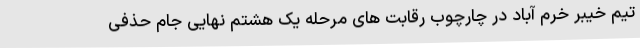
تیم خیبر خرم آباد در چارچوب رقابت های مرحله یک هشتم نهایی جام حذفی